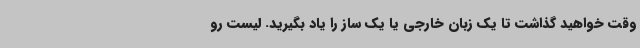
وقت خواهید گذاشت تا یک زبان خارجی یا یک ساز را یاد بگیرید. لیست رو